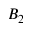
B _ { 2 }